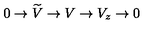
0 \rightarrow \widetilde { V } \rightarrow V \rightarrow V _ { z } \rightarrow 0